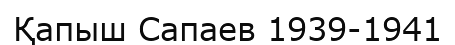
Қапыш Сапаев 1939-1941